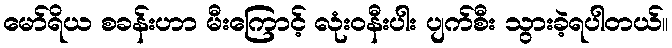
မော်ရိယ စခန်းဟာ မီးကြောင့် လုံးဝနီးပါး ပျက်စီး သွားခဲ့ရပါတယ်။